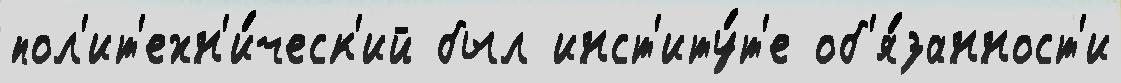
пол'ит'ехн'и́ческ'ий был инст'иту́т'е об'я́занност'и